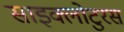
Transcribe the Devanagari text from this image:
साइक्लोटुरस